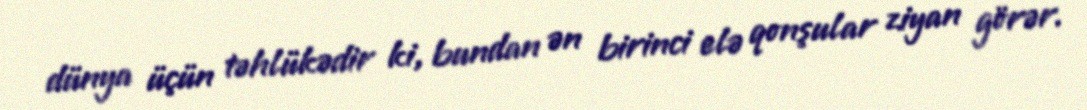
dünya üçün təhlükədir ki, bundan ən birinci elə qonşular ziyan görər.